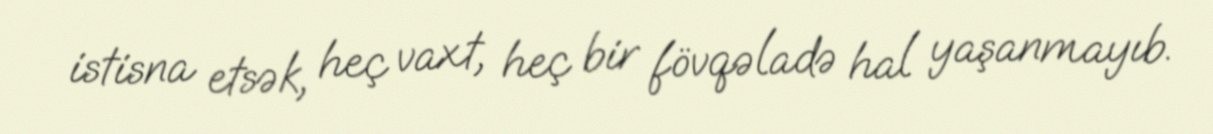
istisna etsək, heç vaxt, heç bir fövqəladə hal yaşanmayıb.